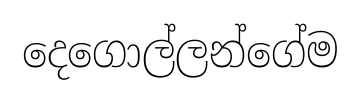
දෙගොල්ලන්ගේම